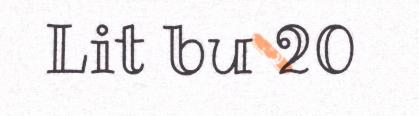
Lit bu 20